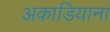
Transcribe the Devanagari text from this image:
अकाडियाना